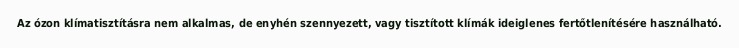
Az ózon klímatisztításra nem alkalmas, de enyhén szennyezett, vagy tisztított klímák ideiglenes fertőtlenítésére használható.